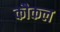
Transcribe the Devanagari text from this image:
कौकल